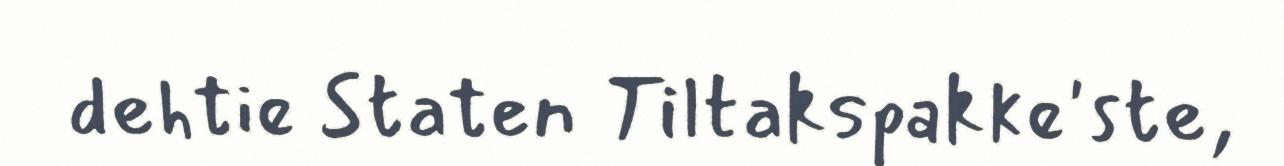
dehtie Staten Tiltakspakke'ste,